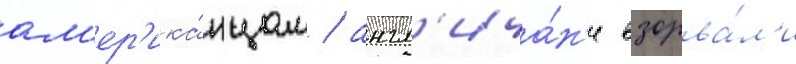
ам'ер'ика́нцам / англ'ича́н'е взорва́л'и